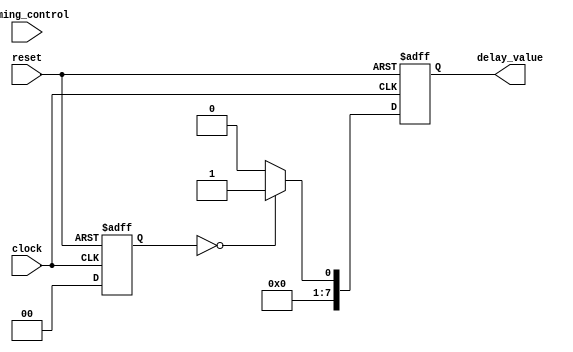
module Timing_Control_Synchronization_Mux_Delay(
    input wire [3:0] timing_control,
    input wire clock,
    input wire reset,
    output reg [7:0] delay_value
);

reg [1:0] delay_selection;

always @(posedge clock or posedge reset) begin
    if (reset)
        delay_selection <= 2'b00;
    else
        case (timing_control)
            // Add case statements for all possible timing control values
            4'b0000: delay_selection <= 2'b00; // Select delay based on timing control signals
            // Add additional cases as needed
            default: delay_selection <= 2'b00;
        endcase
end

always @(posedge clock or posedge reset) begin
    if (reset)
        delay_value <= 8'b00000000; // Initialize delay value
    else
        case (delay_selection)
            // Add case statements to assign appropriate delay value based on delay selection
            2'b00: delay_value <= 8'b00000001; // Assign delay value based on delay selection
            // Add additional cases as needed
            default: delay_value <= 8'b00000000;
        endcase
end

endmodule